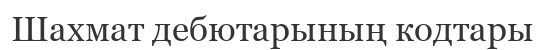
Шахмат дебютарының кодтары